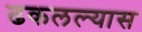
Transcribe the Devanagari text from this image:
ढकलल्यास